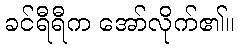
ခင်ရီရီက အော်လိုက်၏။